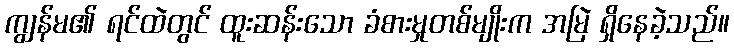
ကျွန်မ၏ ရင်ထဲတွင် ထူးဆန်းသော ခံစားမှုတစ်မျိုးက အမြဲ ရှိနေခဲ့သည်။